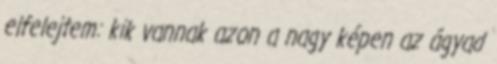
elfelejtem: kik vannak azon a nagy képen az ágyad